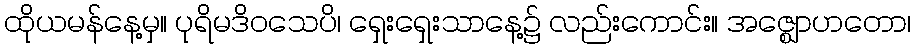
ထိုယမန်နေ့မှ။ ပုရိမဒိဝသေပိ၊ ရှေးရှေးသာနေ့၌ လည်းကောင်း။ အဇ္ဈောဟတော၊